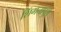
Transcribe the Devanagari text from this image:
शिंगनापुरी